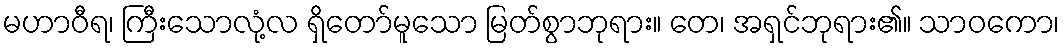
မဟာဝီရ၊ ကြီးသောလုံ့လ ရှိတော်မူသော မြတ်စွာဘုရား။ တေ၊ အရှင်ဘုရား၏။ သာဝကော၊